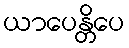
ယာပေန္တိပေ